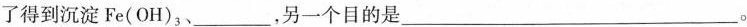
了得到沉淀Fe(OH)_{3}、___，另一个目的是___。